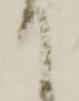
て